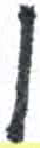
אות: ס